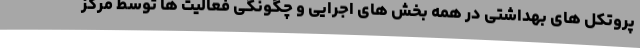
پروتکل های بهداشتی در همه بخش های اجرایی و چگونگی فعالیت ها توسط مرکز